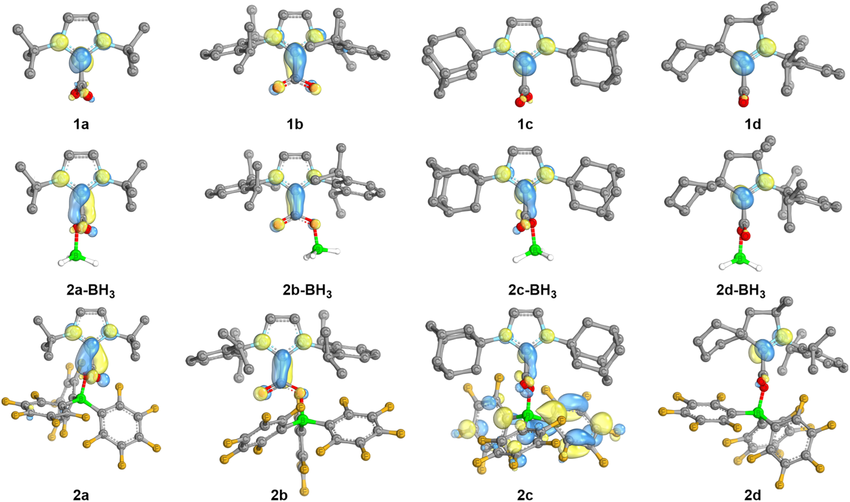
iboview, orbital